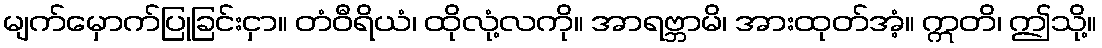
မျက်မှောက်ပြုခြင်းငှာ။ တံဝီရိယံ၊ ထိုလုံ့လကို။ အာရဗ္ဘာမိ၊ အားထုတ်အံ့။ ဣတိ၊ ဤသို့။